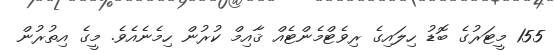
155 މީޓަރުގެ ބޮޑު ހިލައިގެ ރިވެޓްމެންޓެއް ޤާއިމް ކުރުން ހިމެނެއެވެ. މީގެ އިތުރުން